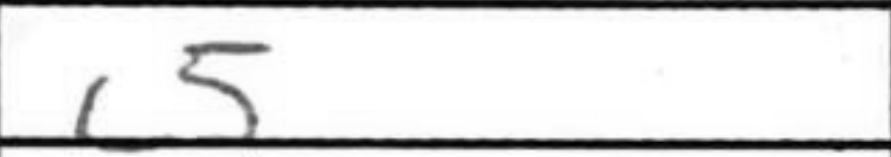
Transcription: c5